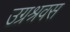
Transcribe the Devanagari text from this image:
उग्रश्रवस